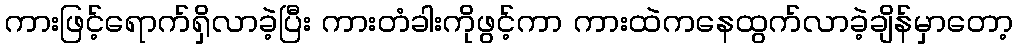
ကားဖြင့်ရောက်ရှိလာခဲ့ပြီး ကားတံခါးကိုဖွင့်ကာ ကားထဲကနေထွက်လာခဲ့ချိန်မှာတော့